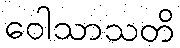
ဝေါသာသတိ